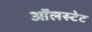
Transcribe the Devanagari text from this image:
ऑलस्टेट